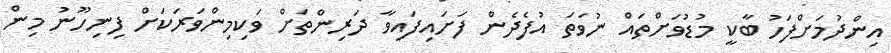
އިންދުމަށްފަހު ބާކީ މުޑުވަށްތައް ނުވަތަ އުފެދެން ފަށައިފައިވާ ދަރިންތަށް ވަކިމިންވަރަކަށް ފިނިހޫނު މިން